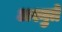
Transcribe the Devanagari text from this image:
अश्नुते